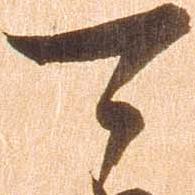
可